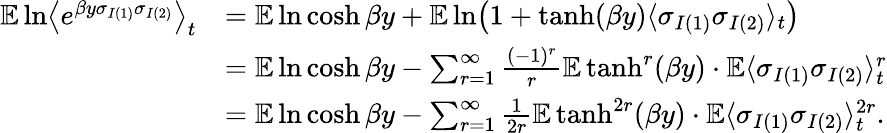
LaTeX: \begin{array}{rl}{\mathbb E\ln\bigl\langle e^{\beta y\sigma_{I(1)}\sigma_{I(2)}}\bigr\rangle_{t}}&{=\mathbb E\ln\cosh\beta y+\mathbb E\ln\bigl(1+\operatorname{tanh}(\beta y)\langle\sigma_{I(1)}\sigma_{I(2)}\rangle_{t}\bigr)}\\ &{=\mathbb E\ln\cosh\beta y-\sum_{r=1}^{\infty}\frac{(-1)^{r}}{r}\mathbb E\operatorname{tanh}^{r}(\beta y)\cdot\mathbb E\langle\sigma_{I(1)}\sigma_{I(2)}\rangle_{t}^{r}}\\ &{=\mathbb E\ln\cosh\beta y-\sum_{r=1}^{\infty}\frac{1}{2r}\mathbb E\operatorname{tanh}^{2r}(\beta y)\cdot\mathbb E\langle\sigma_{I(1)}\sigma_{I(2)}\rangle_{t}^{2r}.}\end{array}